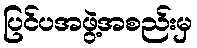
ပြင်ပအဖွဲ့အစည်းမှ